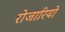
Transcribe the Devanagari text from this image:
रोजारियो